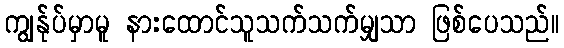
ကျွန်ုပ်မှာမူ နားထောင်သူသက်သက်မျှသာ ဖြစ်ပေသည်။